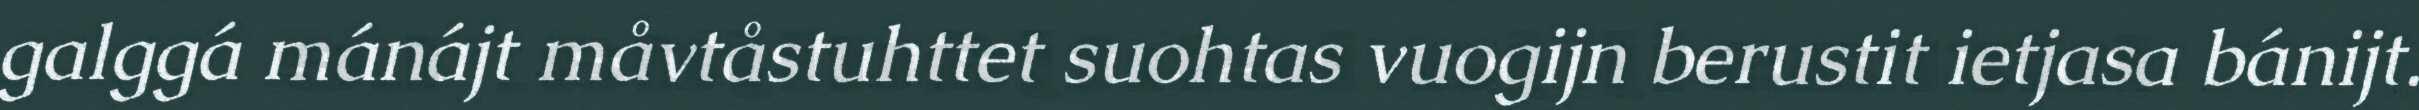
galggá mánájt måvtåstuhttet suohtas vuogijn berustit ietjasa bánijt.